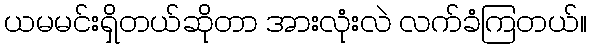
ယမမင်းရှိတယ်ဆိုတာ အားလုံးလဲ လက်ခံကြတယ်။